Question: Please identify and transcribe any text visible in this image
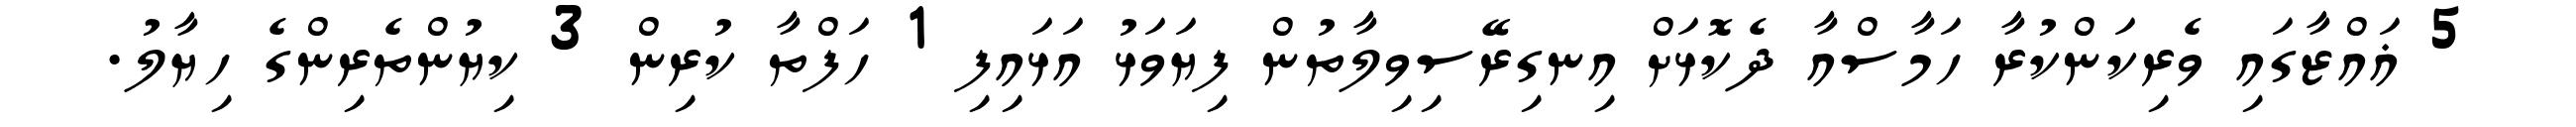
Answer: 5 ޣައްޒާގައި ވެރިކަންކުރާ ހަމާސްއާ ދެކޮޅަށް އިނގިރޭސިވިލާތުން ފިޔަވަޅު އަޅައިފި 1 ހަފްތާ ކުރިން 3 ކިޔުންތެރިންގެ ހިޔާލު.